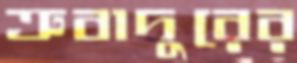
ত্রুবাদুরের